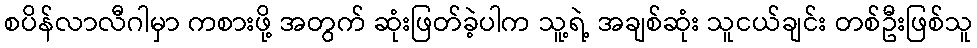
စပိန်လာလီဂါမှာ ကစားဖို့ အတွက် ဆုံးဖြတ်ခဲ့ပါက သူ့ရဲ့ အချစ်ဆုံး သူငယ်ချင်း တစ်ဦးဖြစ်သူ